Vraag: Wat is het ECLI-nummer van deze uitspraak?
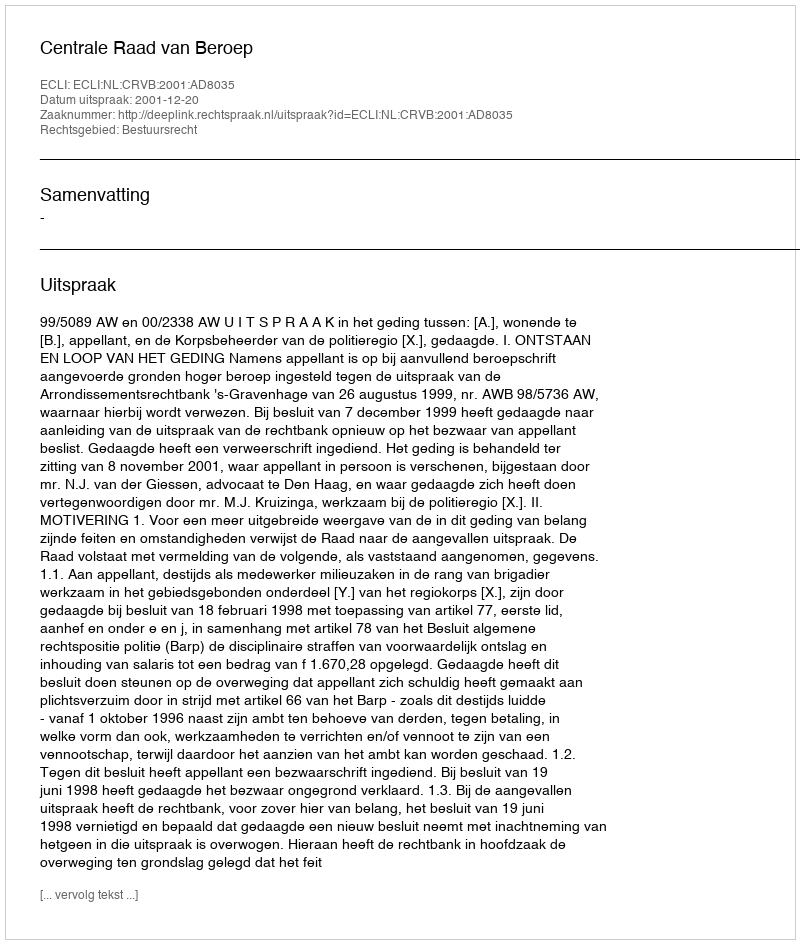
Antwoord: ECLI:NL:CRVB:2001:AD8035